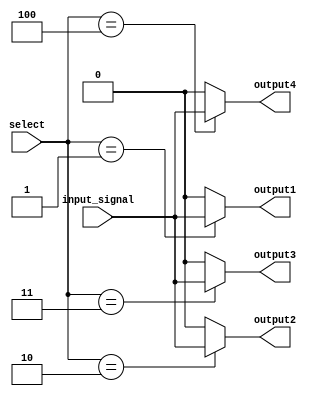
module demux(
    input wire input_signal,
    input wire [2:0] select,
    output reg output1,
    output reg output2,
    output reg output3,
    output reg output4
);

always @(*) begin
    output1 = (select == 3'b001) ? input_signal : 1'b0;
    output2 = (select == 3'b010) ? input_signal : 1'b0;
    output3 = (select == 3'b011) ? input_signal : 1'b0;
    output4 = (select == 3'b100) ? input_signal : 1'b0;
end

endmodule